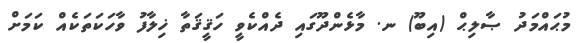
މުޙައްމަދު ޞާލިޙް (އިބޫ) ނ. މާޅެންދޫގައި ދެއްކެވީ ހަޤީޤަތާ ޚިލާފު ވާހަކަތަކެއް ކަމަށް